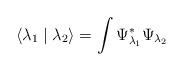
LaTeX: \begin{align*}\left<\lambda_1\mid\lambda_2\right> = \int \Psi^*_{\lambda_1} \Psi_{\lambda_2}\end{align*}